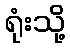
ရုံးသို့